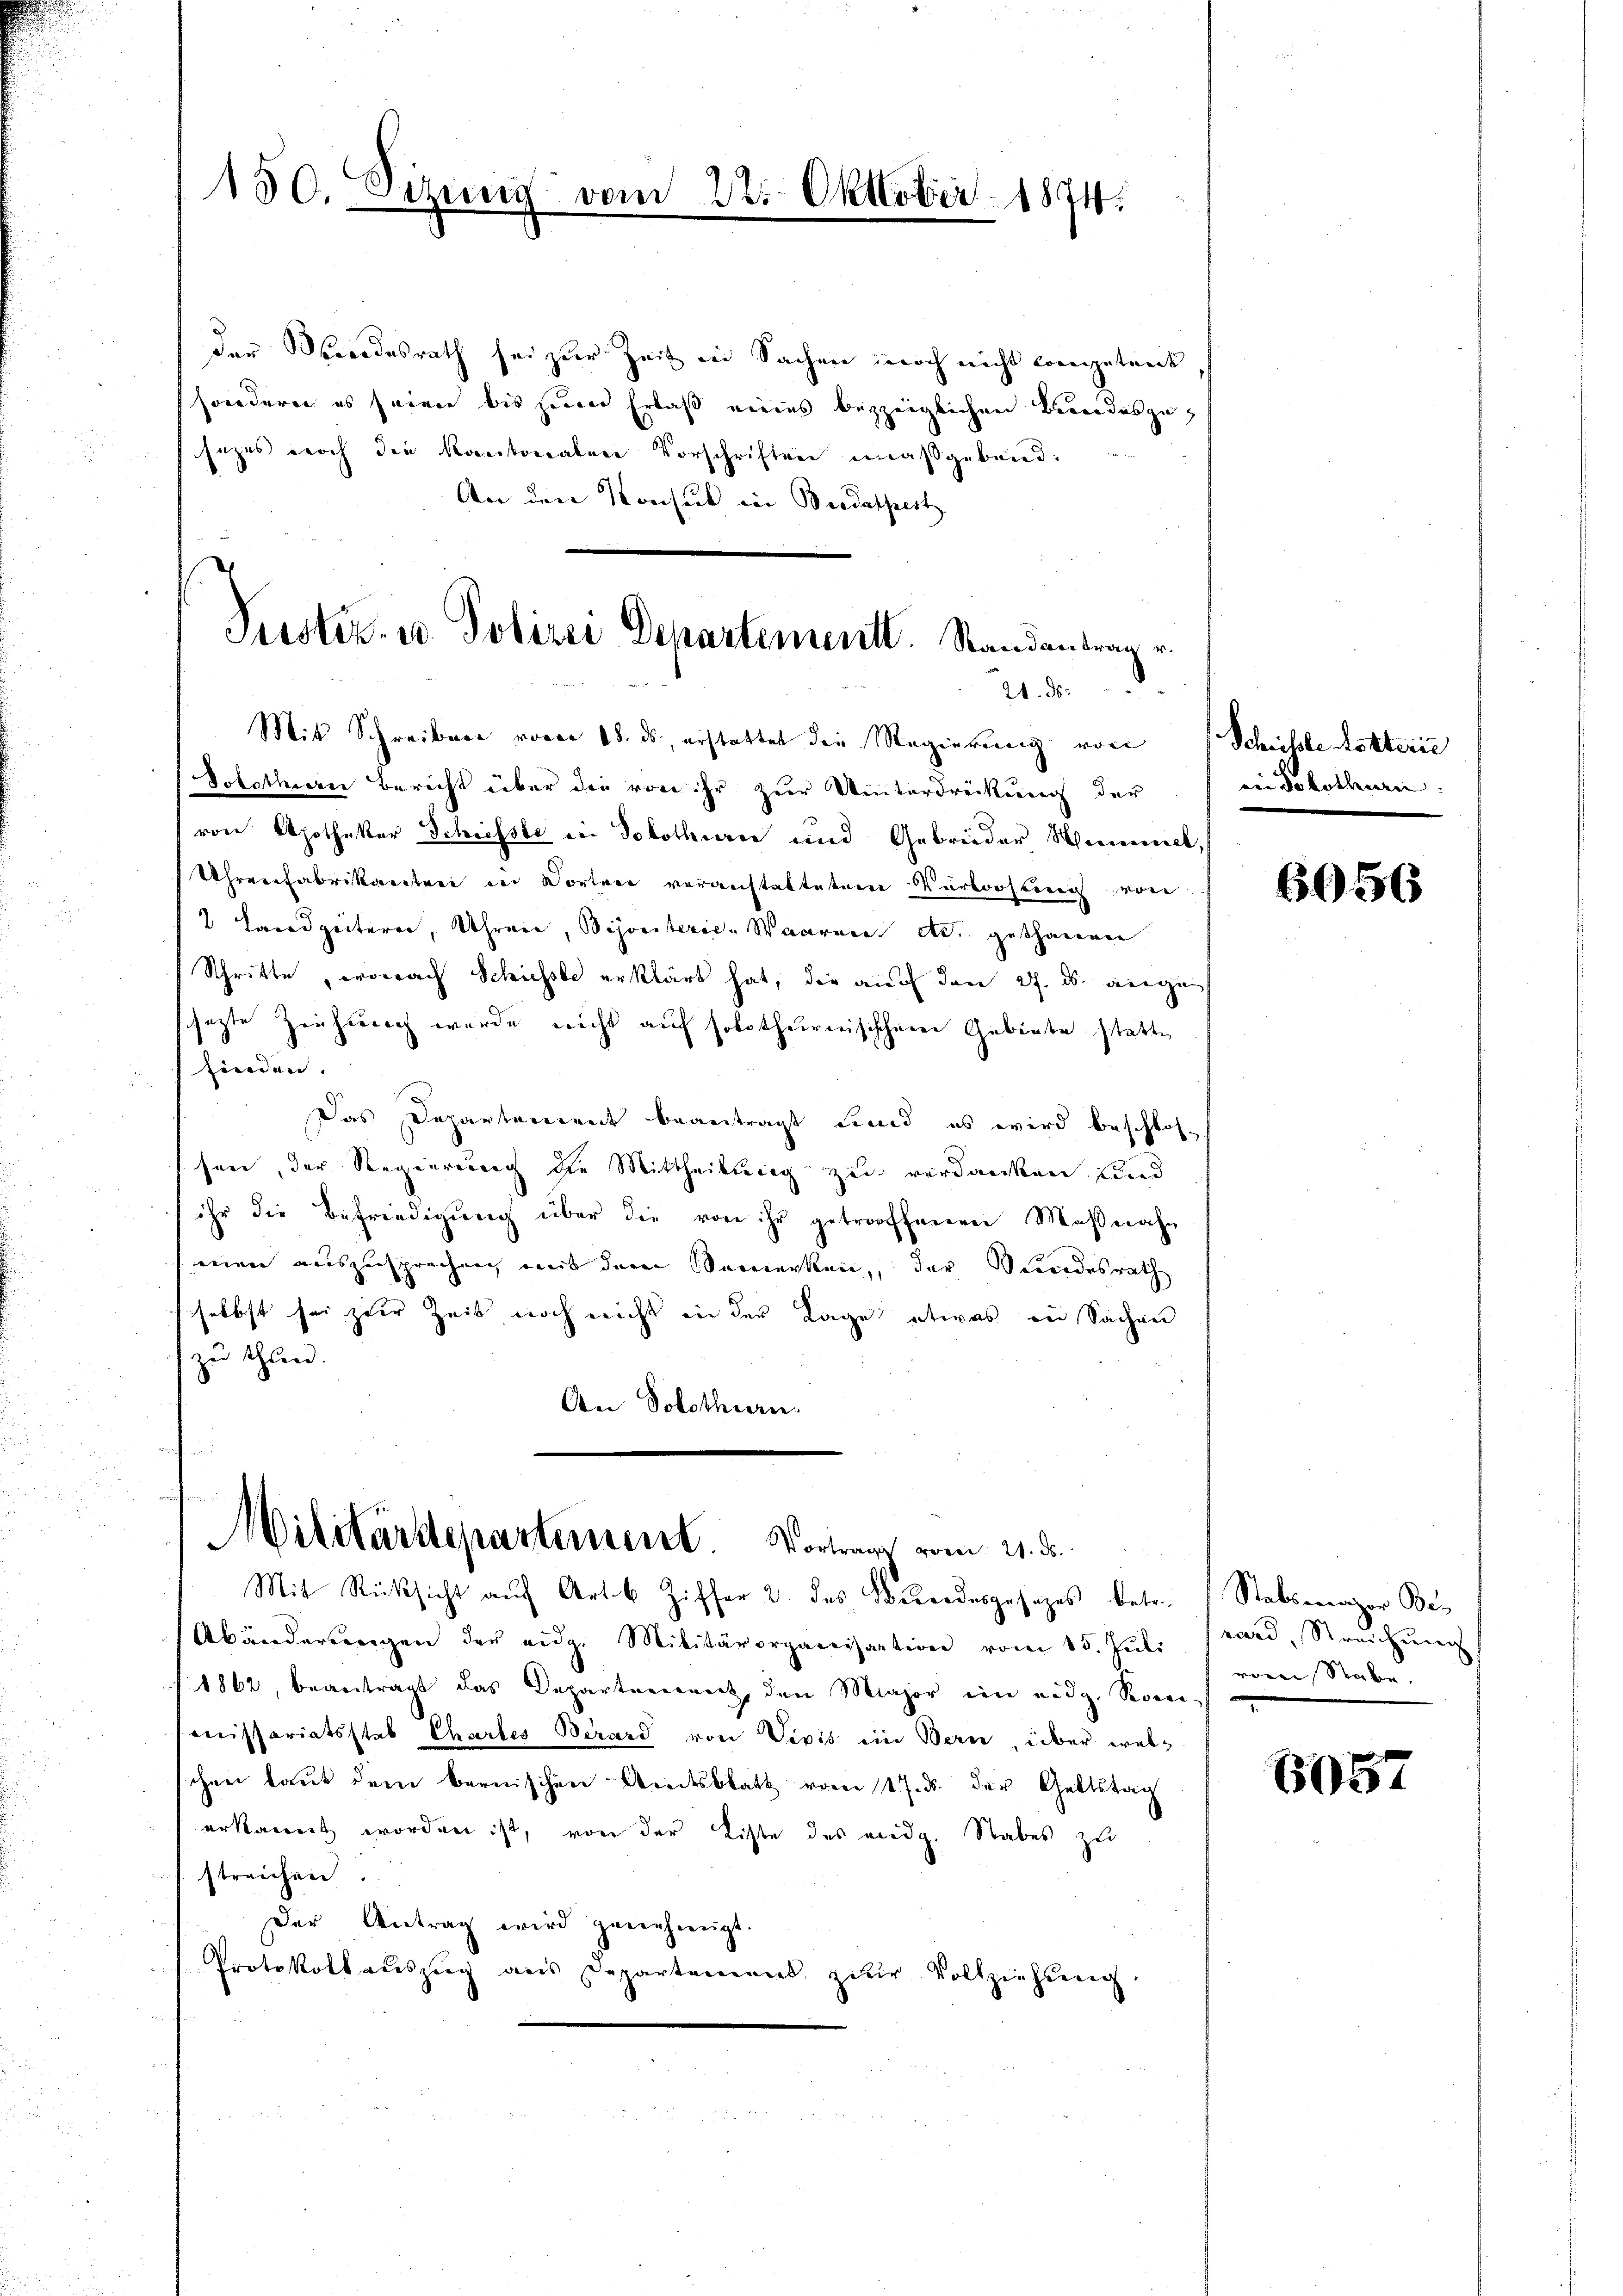
150. Sizung vom 22. Oktober 1874.

der Verordesrath sei zur Zeit in Sachen jedoch nicht competent
sonderer es seinen bis jener Erlaß meins bezeiglichen Beendesgesezes noch die Kantonalen Vorschriften maßgebend:
An den Konsul in Bredathest
Justiz- u. Polizei Departementl. Randantrag v.

20. ds.

Mit Schreiben vom 18. ds, erstattet die Regierung von Schüsste Ketterie
Solothurn Bericht über die von ihr zur Unterdrückung der
von Apotheker Schiefste in Solothurn und Gebrüder Himmet,
Uhrenfabrikartei in Dorten voranstaltetem Verloosterii von
2 Landzeiterer, Uhrene, Bijoriterie-Waaren etc. gethanen
Schritte, wonach Schiesste erklärt hat, die auch den 27. ds. angen
schafte Ziehung wurde nicht auf solothurnisischen Gebiete statte
finden.
Das Departement beantragt und es wird beschlossere, der Regierung die Mittheilung zu verdanken und
ihr die Befriedigung über die von ihr getroffenen Maßnaheien auszusprechen mit deren Semerken, der Beendesrath
selbst sei zur Zeit noch nicht in der Tage etwas in Sachen
zu thund.
An Solothurn.

Militärdepartement. Vortrage vom 21. ds.
Mit Rücksicht auf Art. 6 Ziffer 2 des Herodesgesezes betr.

Abänderŭngen der eidg. Militärorganisation vom 15. Jŭli ward, Streichŭng
1862, beantragt das Departement, den Major im eidg. Severe
Missariatsstab Chartes Berard von Divis ein Bern, über welchen laut dem bernischen Amtsblatt vom 17. ds. der Geltstag
erkannt worden ist, von der Liste des eidg. Rabes zu
streichen.
Der Antrag wird genehmigt.
Protokollaŭszŭg ans Departemens zur Vollziehŭng

ein Solothurn.

6056

Stabsarazer Bes
ronen Stacken.

6057